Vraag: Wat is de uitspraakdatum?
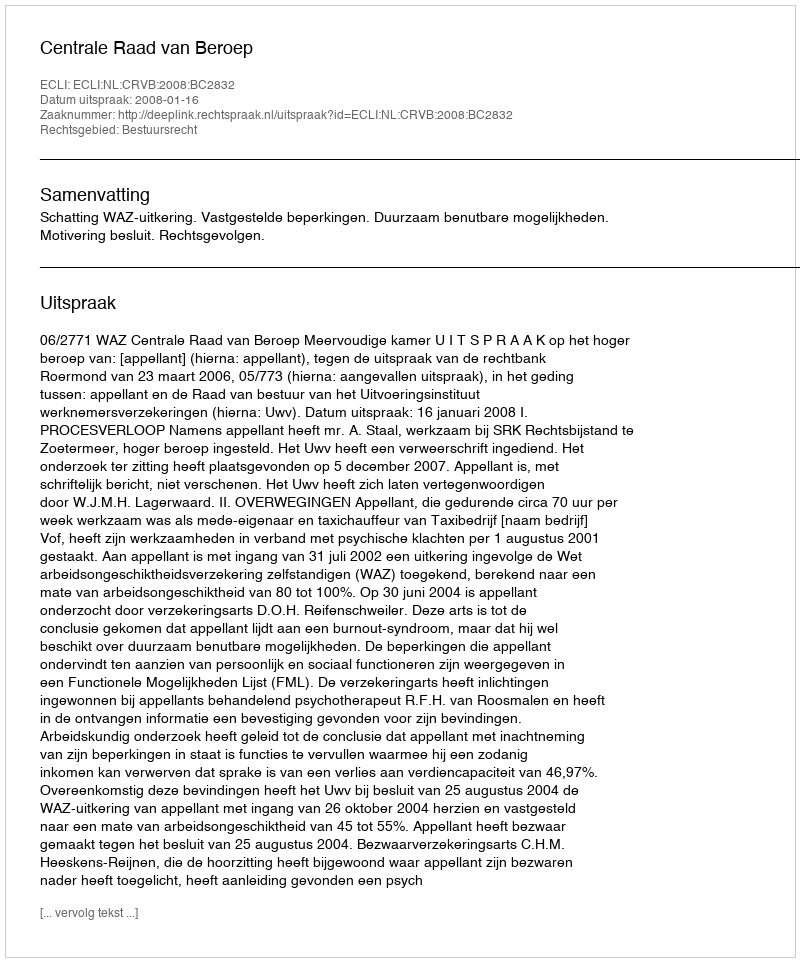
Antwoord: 2008-01-16